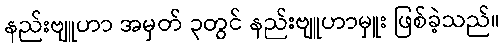
နည်းဗျူဟာ အမှတ် ၃တွင် နည်းဗျူဟာမှူး ဖြစ်ခဲ့သည်။